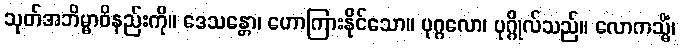
သုတ်အဘိမ္မာဝိနည်းကို။ ဒေသန္တော၊ ဟောကြားနိုင်သော။ ပုဂ္ဂလော၊ ပုဂ္ဂိုလ်သည်။ လောကသ္မိံ၊